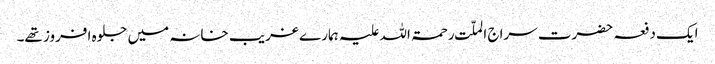
ایک دفعہ حضرت سراج الملّت رحمۃ اللہ علیہ ہمارے غریب خانہ میں جلوہ افروز تھے۔